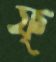
ফ্